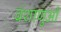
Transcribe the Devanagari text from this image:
वंशाणुओं